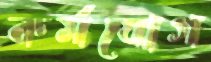
কর্মযোগ